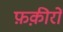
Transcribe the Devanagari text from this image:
फ़क़ीरों